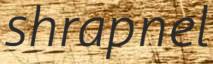
shrapnel